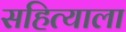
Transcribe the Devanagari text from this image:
सहित्याला